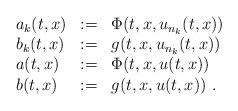
LaTeX: \begin{align*} \begin{array}{lll} a_{k}(t,x) & := & \Phi(t,x,u_{n_{k}}(t,x)) \\ b_{k}(t,x) & := & g(t,x,u_{n_{k}}(t,x)) \\ a(t,x) & := & \Phi(t,x,{u}(t,x)) \\ b(t,x) & := & g(t,x,{u}(t,x)) \ . \end{array}\end{align*}